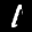
Label: 1